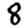
Digit: 8